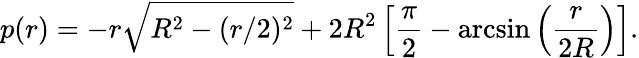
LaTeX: p(r)=-r\sqrt{R^{2}-(r/2)^{2}}+2R^{2}\left[\frac{\pi}{2}-\arcsin\left(\frac{r}{2R}\right)\right].